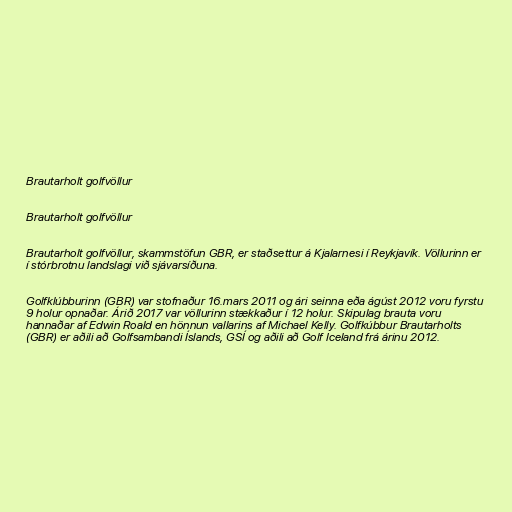
Brautarholt golfvöllur

Brautarholt golfvöllur

Brautarholt golfvöllur, skammstöfun GBR, er staðsettur á Kjalarnesi í Reykjavík. Völlurinn er
í stórbrotnu landslagi við sjávarsíðuna.

Golfklúbburinn (GBR) var stofnaður 16.mars 2011 og ári seinna eða ágúst 2012 voru fyrstu
9 holur opnaðar. Árið 2017 var völlurinn stækkaður í 12 holur. Skipulag brauta voru
hannaðar af Edwin Roald en hönnun vallarins af Michael Kelly. Golfkúbbur Brautarholts
(GBR) er aðili að Golfsambandi Íslands, GSÍ og aðili að Golf Iceland frá árinu 2012.